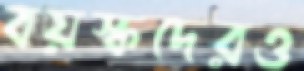
বয়স্কদেরও